Vaccination in the Punjab 1919-1929 - 1919-1929
Year: 1919
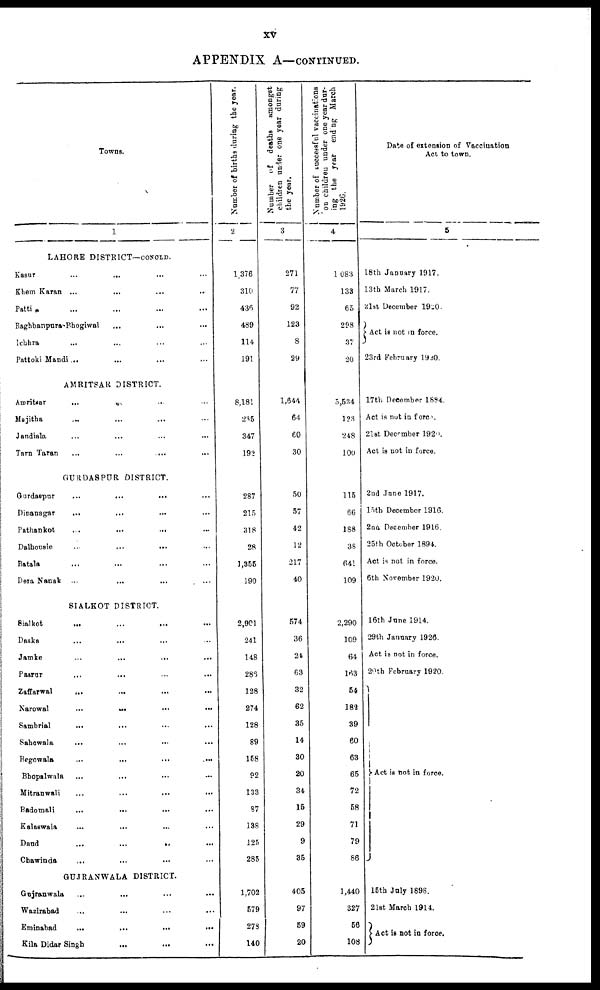
xv
APPENDIX A—CONTINUED.
Towns.
1
LAHORE DISTRICT—CONOLD.
Kasur... ... ... ...
Khem Karan ... ... ... ...
Patti ... ... ... ...
Baghbanpura-Bhogiwal ... ... ... ...
Ichhra ... ... ... ...
Pattoki Mandi... ... ... ...
AMRITSAR DISTRICT.
Amritsar ... ... ... ...
Majitha ... ... ... ...
Jandiala ... ... ... ...
Tarn Taran ... ... ... ...
GURDASPUR DISTRICT.
Gurdaspur
...
... ... ...
Dinanagar
... ... ... ...
Pathankot ... ... ... ...
Dalhousie ... ... ... ...
Ratala ... ... ... ...
Dera Nanak ... ... ... ...
SIALKOT DISTRICT.
Sialkot ... ... ... ...
Daska ... ... ... ...
Jamke ... ... ... ...
Pasrur... ... ... ...
Zaffarwal ... ... ... ...
Narowal
...
...
...
...
Sambrial ... ... ... ...
Sahowala ... ... ... ...
Begowala ... ... ... ...
Bhopalwnla ... ... ... ...
Mitranwali ... ... ... ...
Badomali ... ... ... ...
Kalaiwala
...
... ... ...
Daud .... ... ... ...
Chawinda ... ... ... ...
GUJRANWALA DISTRICT.
Gujranwala ... ... ... ...
Wazirabad ... ... ... ...
Eminabad
...
...
...
...
Kila Didar Singh
... ... ... ...
Number of births during the year.
2
1,376
310
436
489
114
191
8,181
235
347
192
287
215
318
28
1,355
190
2,901
241
148
286
128
274
128
89
158
92
133
87
138
125
285
1,702
579
278
140
Number
of
deaths
amongst
children under one year during
the year.
3
271
77
92
123
8
29
1,644
64
60
30
50
57
42
12
217
40
574
36
24
63
32
62
35
14
30
20
34
15
29
9
35
405
97
59
20
Number of successful vaccinations
on children under one year dur-
ing the year
ending March
1926.
4
l,083
133
65
298
37
20
5,534
123
248
100
115
66
188
38
641
109
2,290
109
64
163
54
182
39
60
63
65
72
58
71
79
86
1,440
327
56
108
Date of extension of Vaccination
Act to town.
5
18th January 1917.
13th March 1917.
21st December 1920.
Act is not in force.
23rd February 1920.
17th December 1884.
Act is not in force.
21st December 1920.
Act is not in force.
2nd June 1917.
15th December 1916.
2nd December 1916.
25th October 1894.
Act is not in force.
6th November 1920.
16th June 1914.
29th January 1926.
Act is not in force.
20th February 1920
Act is not in force.
15th July 1898.
21st March 1914.
Act is not in force.